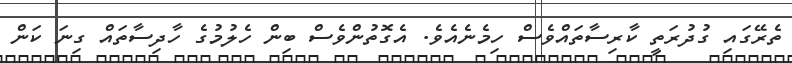
ތެރޭގައި ގުދުރަތީ ކާރިސާތައްވެސް ހިމެނެއެވެ. އެގޮތުންވެސް ބިން ހެލުމުގެ ހާދިސާތައް ގިނަ ކަން